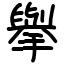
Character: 擧